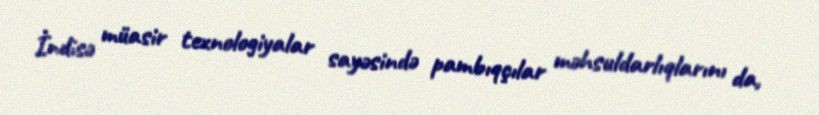
İndisə müasir texnologiyalar sayəsində pambıqçılar məhsuldarlıqlarını da,